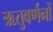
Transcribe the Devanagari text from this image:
ऋतुवर्णनों